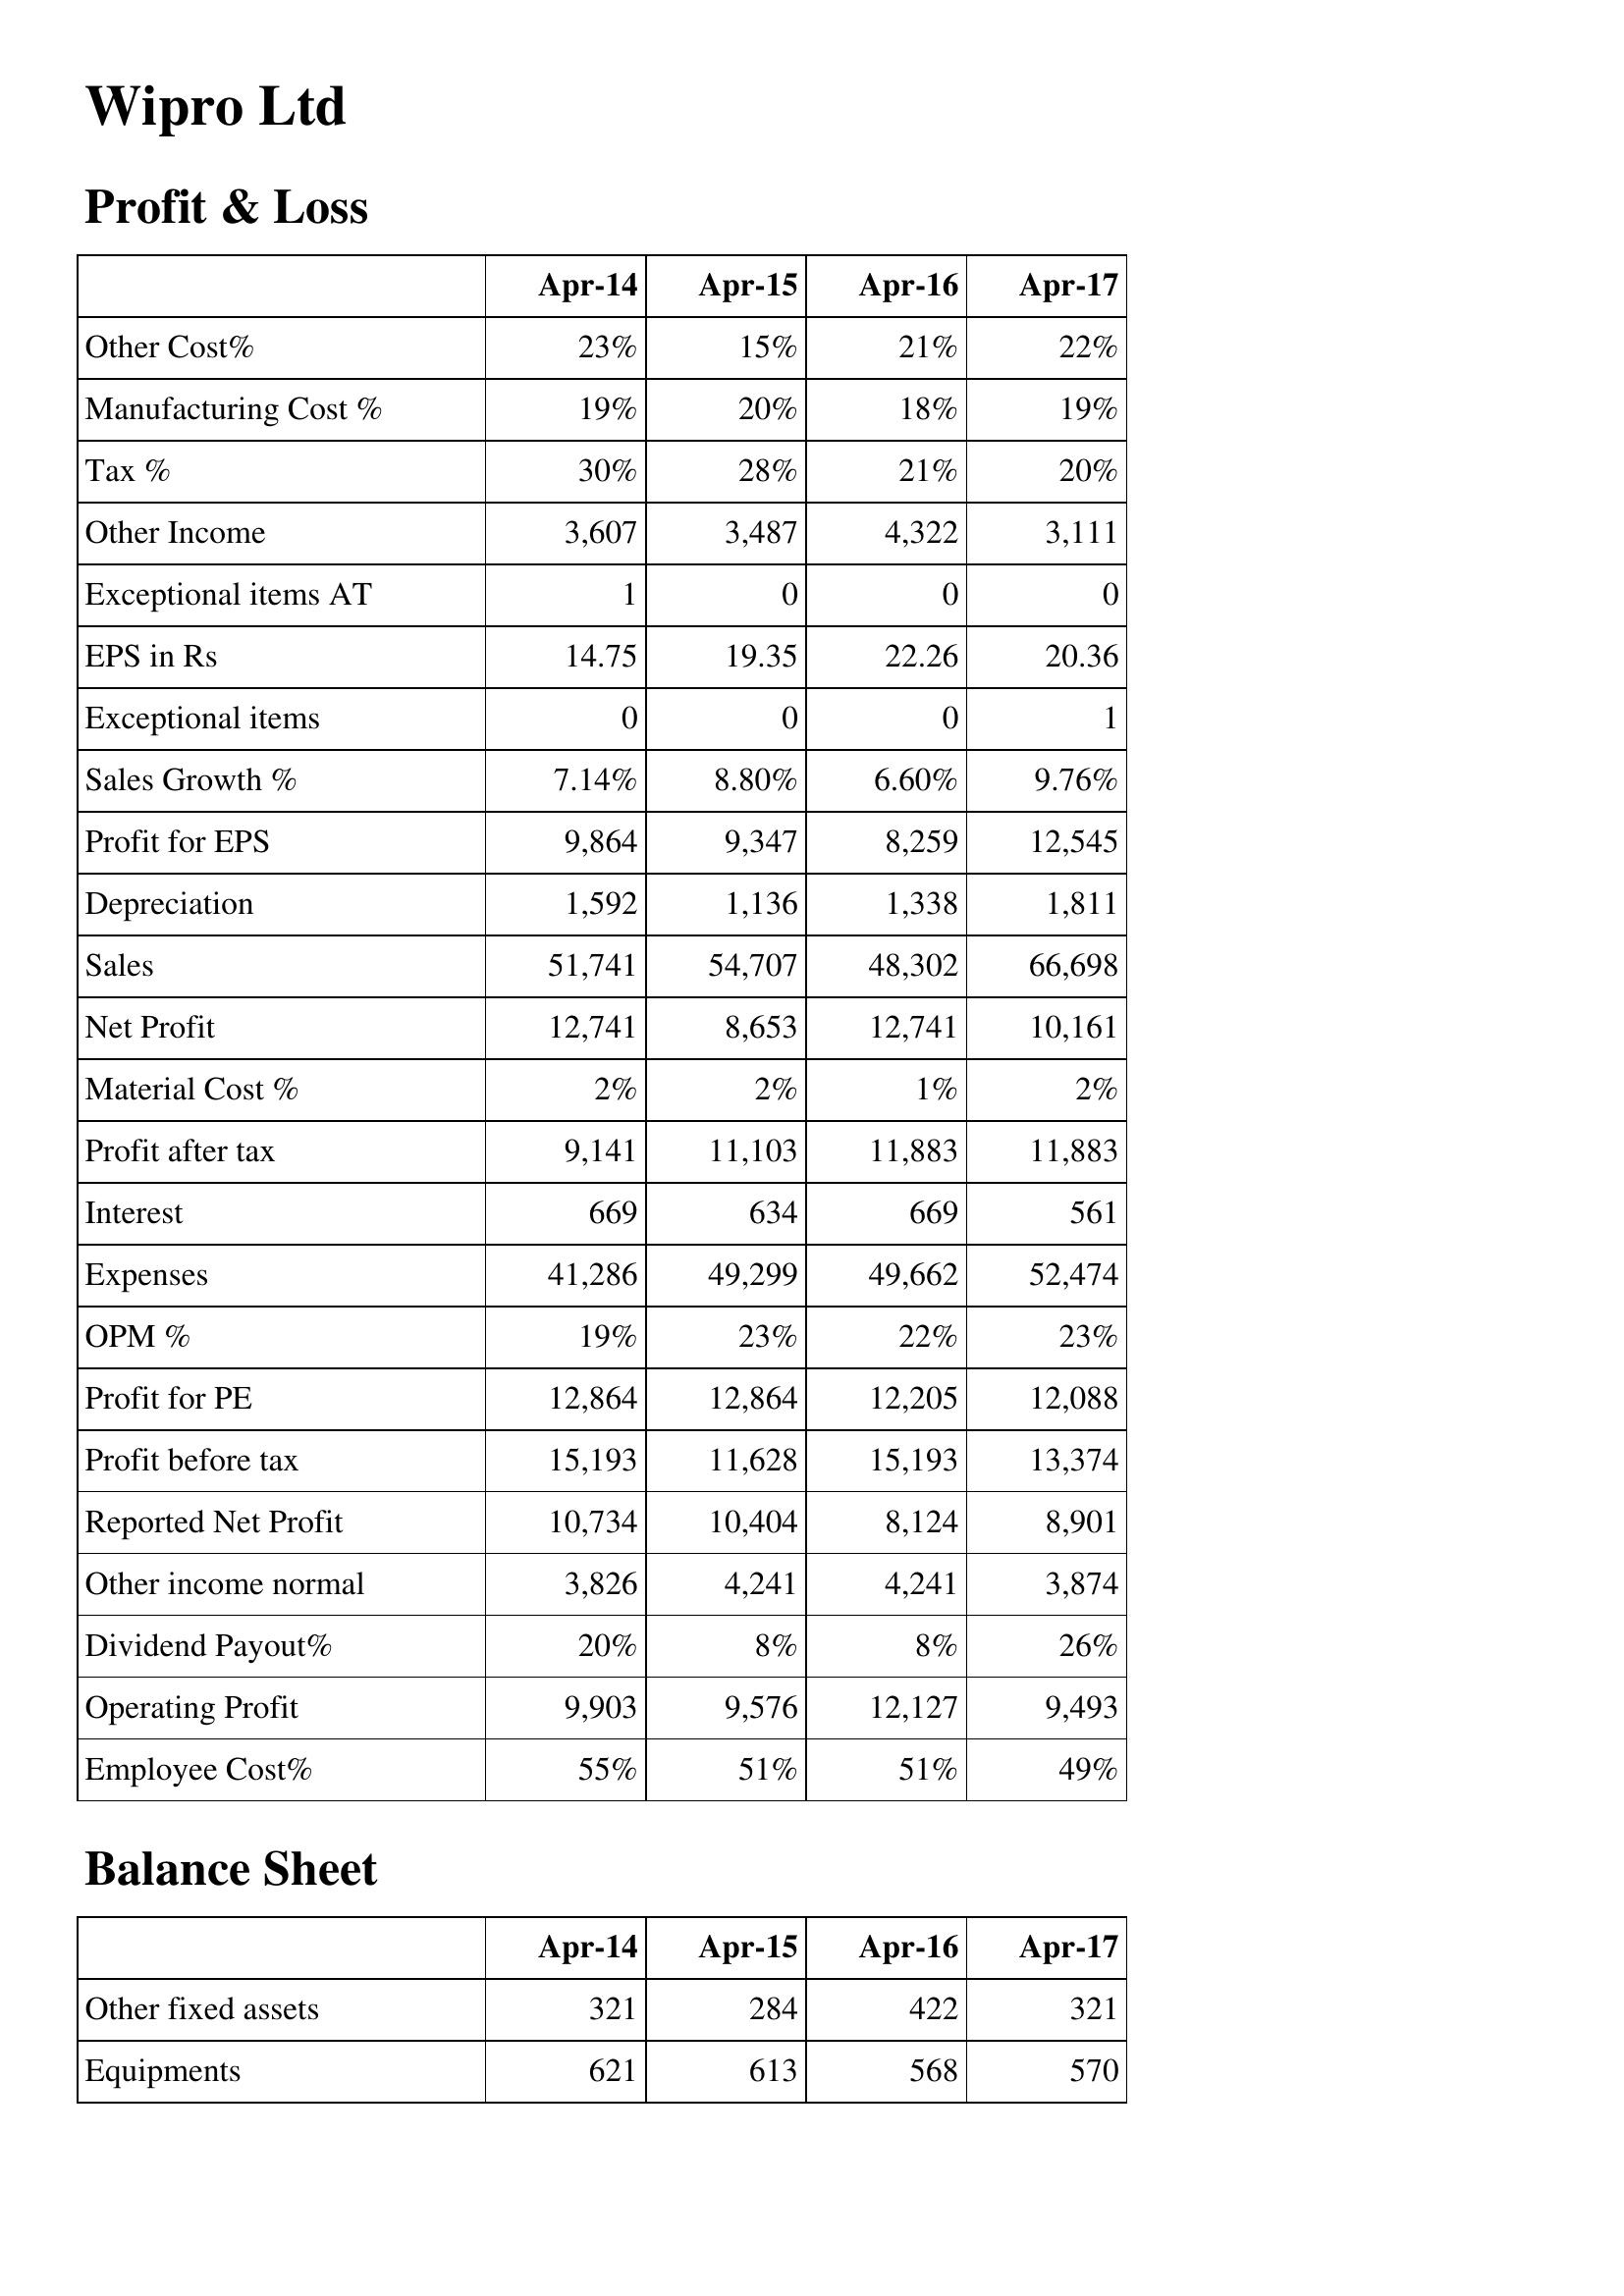
Apr-14: Profit & Loss: Other Cost%: 23%
Manufacturing Cost %: 19%
Tax %: 30%
Other Income: 3,607
Exceptional items AT: 1
EPS in Rs: 14.75
Exceptional items: 0
Sales Growth %: 7.14%
Profit for EPS: 9,864
Depreciation: 1,592
Sales: 51,741
Net Profit: 12,741
Material Cost %: 2%
Profit after tax: 9,141
Interest: 669
Expenses: 41,286
OPM %: 19%
Profit for PE: 12,864
Profit before tax: 15,193
Reported Net Profit: 10,734
Other income normal: 3,826
Dividend Payout%: 20%
Operating Profit: 9,903
Employee Cost%: 55%
Balance Sheet: Other fixed assets: 321
Equipments: 621
Apr-15: Profit & Loss: Other Cost%: 15%
Manufacturing Cost %: 20%
Tax %: 28%
Other Income: 3,487
Exceptional items AT: 0
EPS in Rs: 19.35
Exceptional items: 0
Sales Growth %: 8.80%
Profit for EPS: 9,347
Depreciation: 1,136
Sales: 54,707
Net Profit: 8,653
Material Cost %: 2%
Profit after tax: 11,103
Interest: 634
Expenses: 49,299
OPM %: 23%
Profit for PE: 12,864
Profit before tax: 11,628
Reported Net Profit: 10,404
Other income normal: 4,241
Dividend Payout%: 8%
Operating Profit: 9,576
Employee Cost%: 51%
Balance Sheet: Other fixed assets: 284
Equipments: 613
Apr-16: Profit & Loss: Other Cost%: 21%
Manufacturing Cost %: 18%
Tax %: 21%
Other Income: 4,322
Exceptional items AT: 0
EPS in Rs: 22.26
Exceptional items: 0
Sales Growth %: 6.60%
Profit for EPS: 8,259
Depreciation: 1,338
Sales: 48,302
Net Profit: 12,741
Material Cost %: 1%
Profit after tax: 11,883
Interest: 669
Expenses: 49,662
OPM %: 22%
Profit for PE: 12,205
Profit before tax: 15,193
Reported Net Profit: 8,124
Other income normal: 4,241
Dividend Payout%: 8%
Operating Profit: 12,127
Employee Cost%: 51%
Balance Sheet: Other fixed assets: 422
Equipments: 568
Apr-17: Profit & Loss: Other Cost%: 22%
Manufacturing Cost %: 19%
Tax %: 20%
Other Income: 3,111
Exceptional items AT: 0
EPS in Rs: 20.36
Exceptional items: 1
Sales Growth %: 9.76%
Profit for EPS: 12,545
Depreciation: 1,811
Sales: 66,698
Net Profit: 10,161
Material Cost %: 2%
Profit after tax: 11,883
Interest: 561
Expenses: 52,474
OPM %: 23%
Profit for PE: 12,088
Profit before tax: 13,374
Reported Net Profit: 8,901
Other income normal: 3,874
Dividend Payout%: 26%
Operating Profit: 9,493
Employee Cost%: 49%
Balance Sheet: Other fixed assets: 321
Equipments: 570